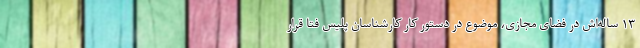
۱۳ ساله‌اش در فضای مجازی، موضوع در دستور کار کارشناسان پلیس فتا قرار